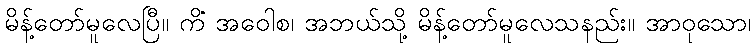
မိန့်တော်မူလေပြီ။ ကိံ အဝေါစ၊ အဘယ်သို့ မိန့်တော်မူလေသနည်း။ အာဝုသော၊